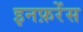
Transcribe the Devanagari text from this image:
इनफ़रेंस